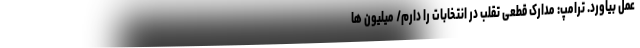
عمل بیاورد. ترامپ: مدارک قطعی تقلب در انتخابات را دارم/ ميليون ها